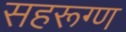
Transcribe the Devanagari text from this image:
सहरूग्ण